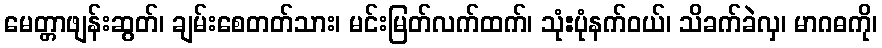
မေတ္တာဖျန်းဆွတ်၊ ချမ်းစေတတ်သား၊ မင်းမြတ်လက်ထက်၊ သုံ:ပုံနက်ဝယ်၊ သိခက်ခဲလှ၊ မာဂဓကို၊